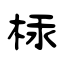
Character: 柡